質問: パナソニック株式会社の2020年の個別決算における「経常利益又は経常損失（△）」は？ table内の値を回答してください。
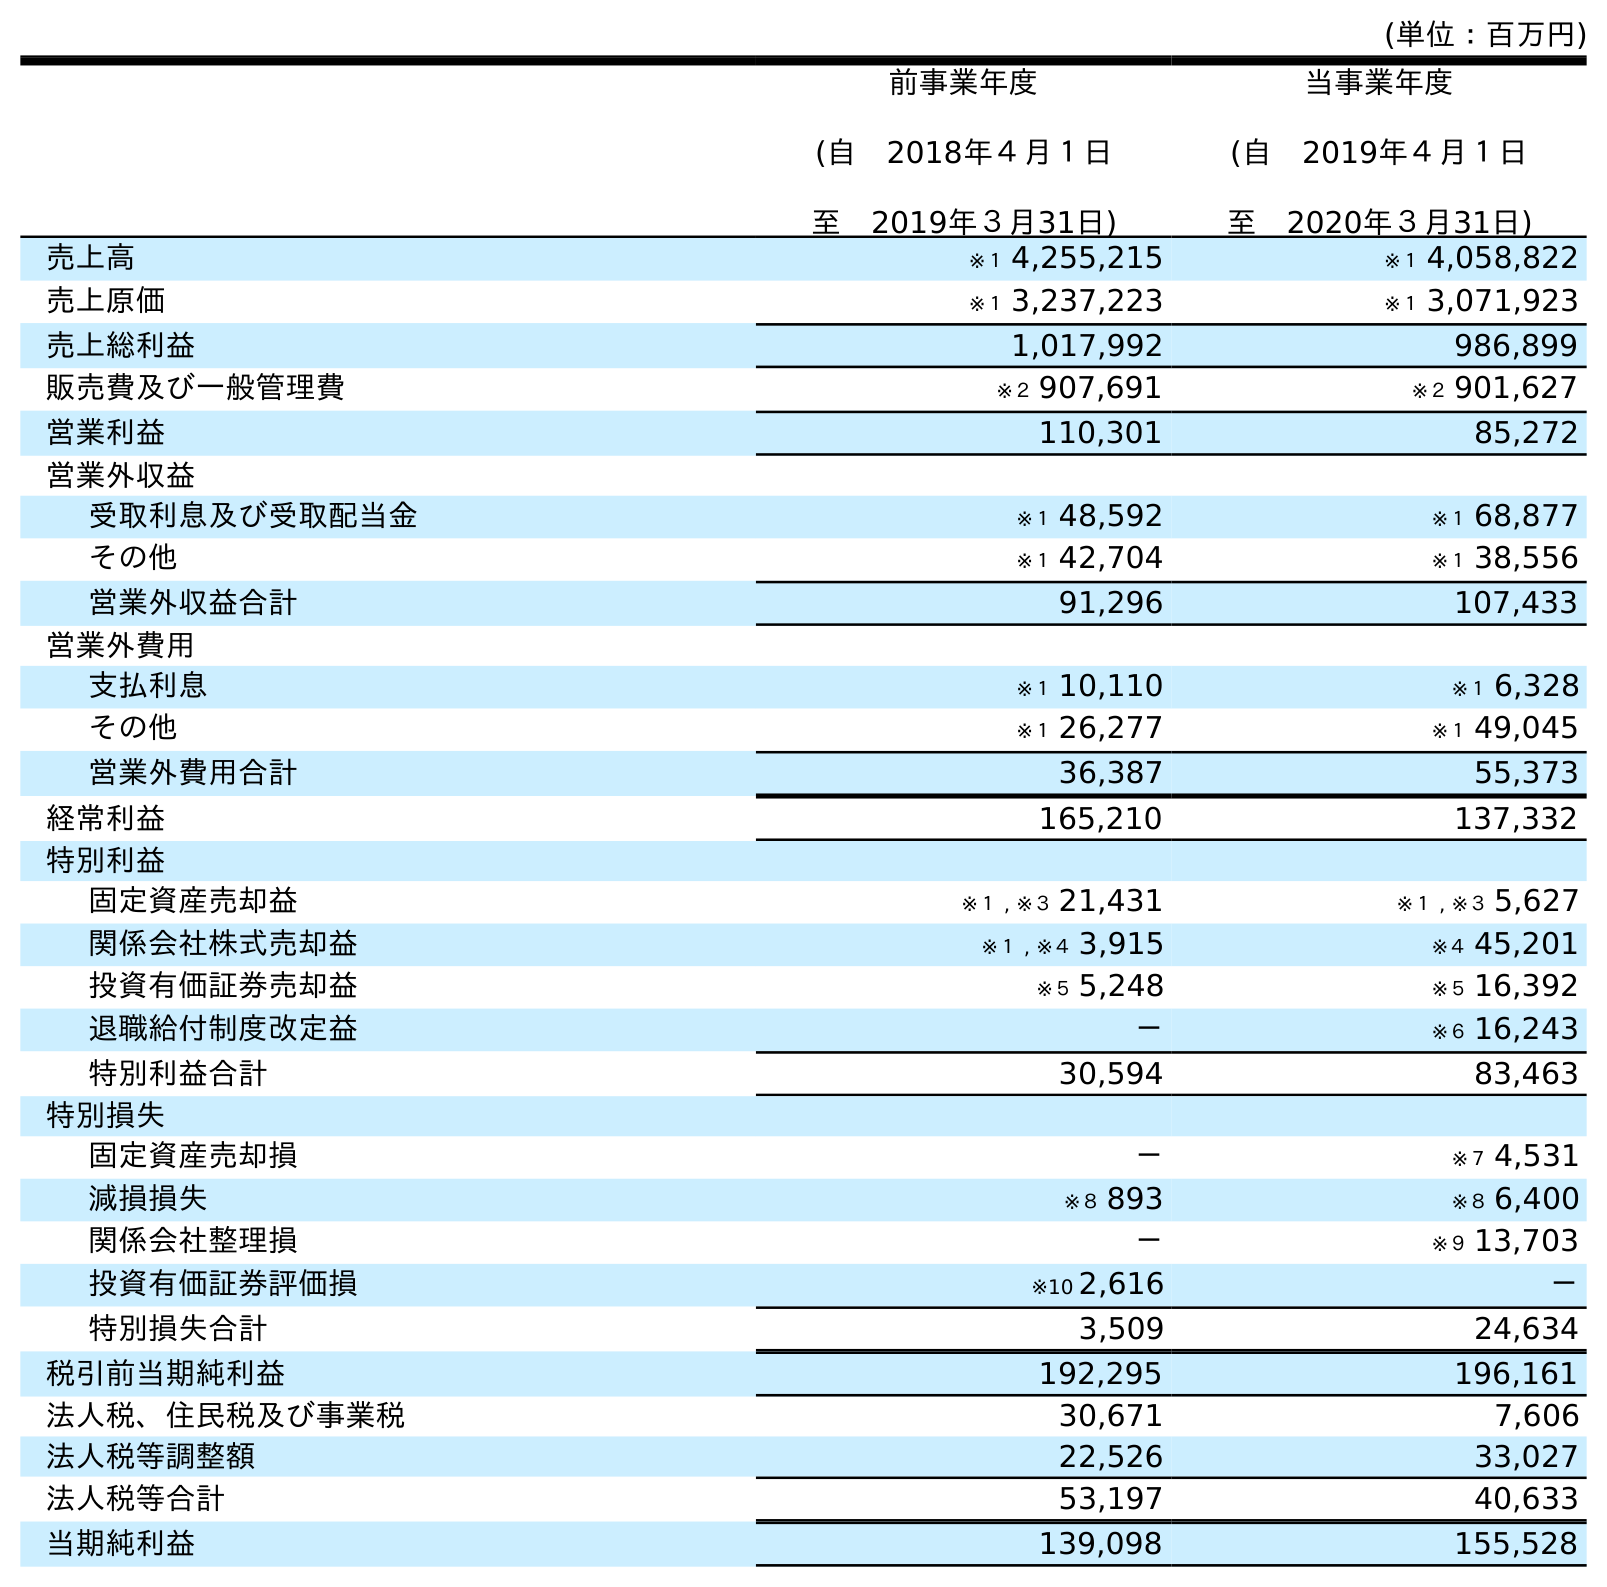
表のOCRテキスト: (単位：百万円) 前事業年度 (自 2018年４月１日 至 2019年３月31日) 当事業年度 (自 2019年４月１日 至 2020年３月31日) 売上高 ※１ 4,255,215 ※１ 4,058,822 売上原価 ※１ 3,237,223 ※１ 3,071,923 売上総利益 1,017,992 986,899 販売費及び一般管理費 ※２ 907,691 ※２ 901,627 営業利益 110,301 85,272 営業外収益 受取利息及び受取配当金 ※１ 48,592 ※１ 68,877 その他 ※１ 42,704 ※１ 38,556 営業外収益合計 91,296 107,433 営業外費用 支払利息 ※１ 10,110 ※１ 6,328 その他 ※１ 26,277 ※１ 49,045 営業外費用合計 36,387 55,373 経常利益 165,210 137,332 特別利益 固定資産売却益 ※１ , ※３ 21,431 ※１ , ※３ 5,627 関係会社株式売却益 ※１ , ※４ 3,915 ※４ 45,201 投資有価証券売却益 ※５ 5,248 ※５ 16,392 退職給付制度改定益 － ※６ 16,243 特別利益合計 30,594 83,463 特別損失 固定資産売却損 － ※７ 4,531 減損損失 ※８ 893 ※８ 6,400 関係会社整理損 － ※９ 13,703 投資有価証券評価損 ※10 2,616 － 特別損失合計 3,509 24,634 税引前当期純利益 192,295 196,161 法人税、住民税及び事業税 30,671 7,606 法人税等調整額 22,526 33,027 法人税等合計 53,197 40,633 当期純利益 139,098 155,528
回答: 137,332